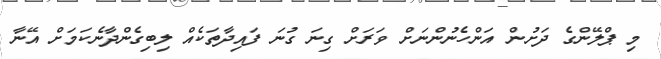
މި ޕްލޭންގެ ދަށުން އަންހެނުންނަށް ވަަރަށް ގިނަ ގުނަ ފައިދާތަކެއް ލިބިގެންދާނެކަމަށް އޭނާ